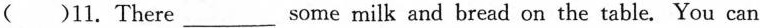
( )11. There___some milk and bread on the table. You can